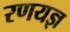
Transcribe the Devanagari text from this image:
रणयज्ञ